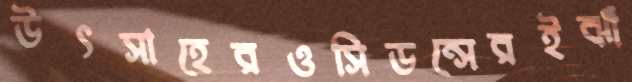
উৎসাহেরওসিডন্সেরইঝাঁ